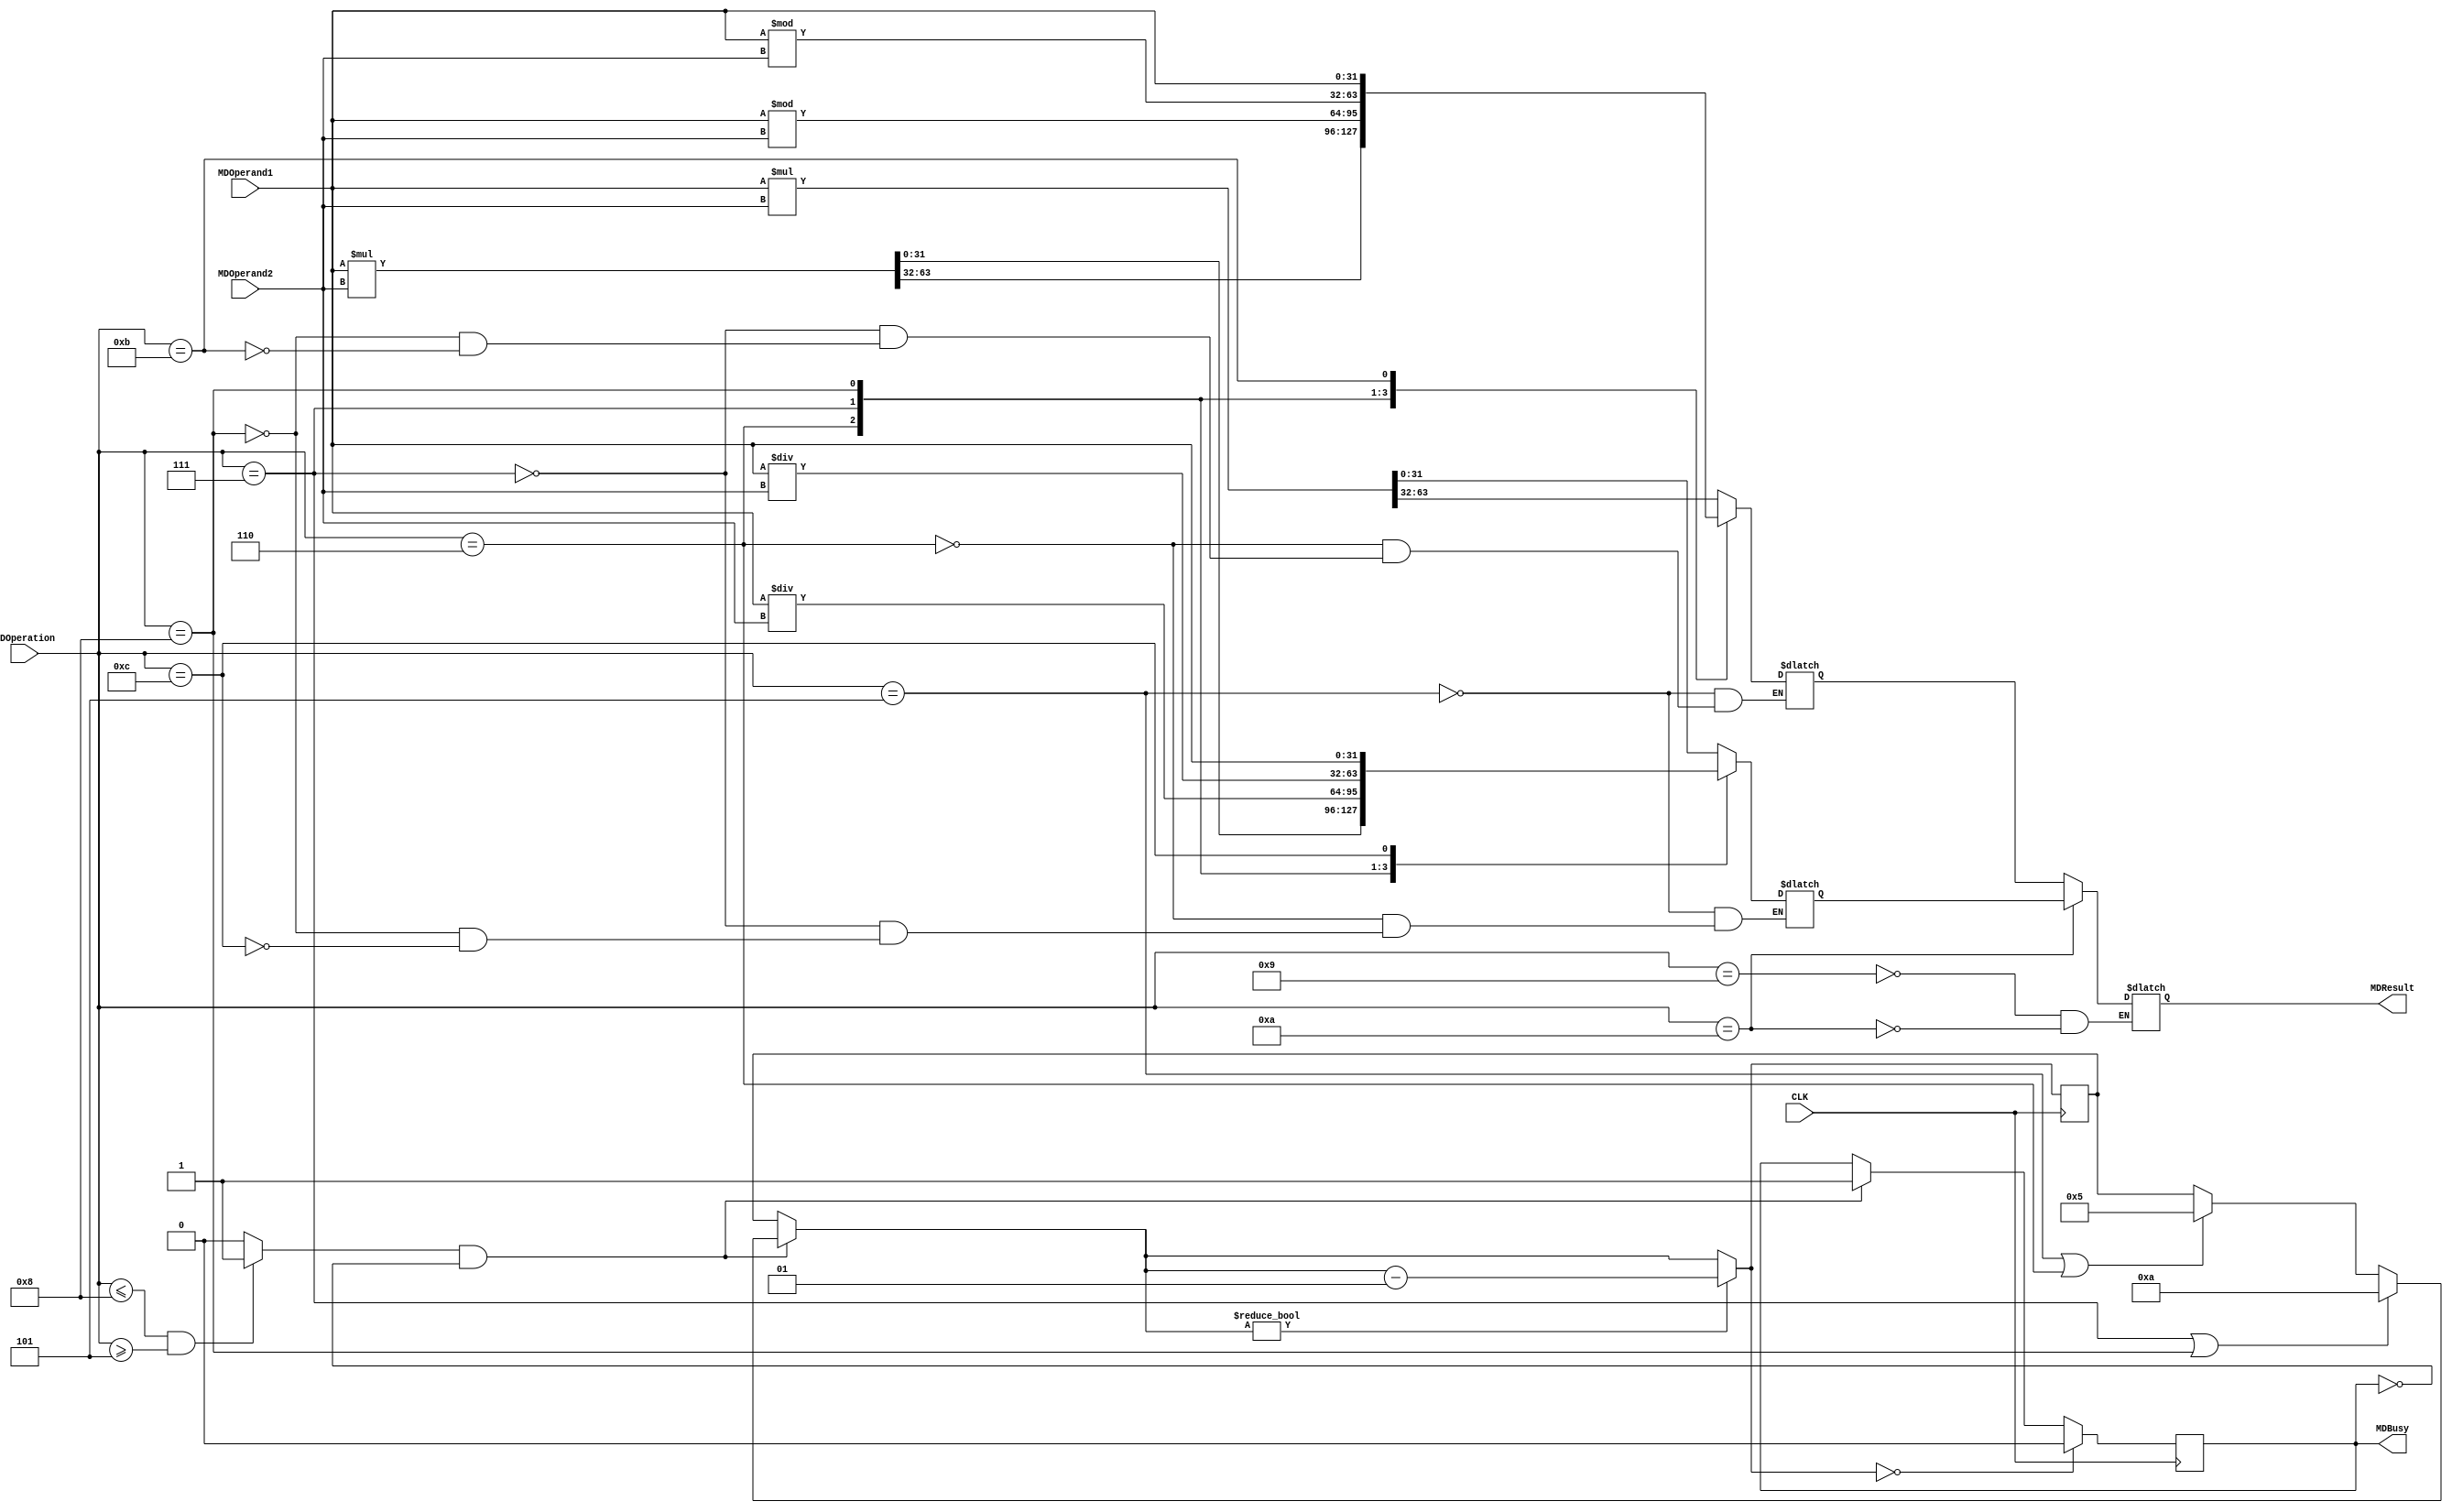
`timescale 1ns / 1ns
//////////////////////////////////////////////////////////////////////////////////
// Company: 
// Engineer: 
// 
// Design Name: 
// Module Name: md
// Project Name: 
// Target Devices: 
// Tool Versions: 
// Description: 
// 
// Dependencies: 
// 
// Revision:
// Revision 0.01 - File Created
// Additional Comments:
// 
//////////////////////////////////////////////////////////////////////////////////


module MD(CLK,MDOperand1,MDOperand2,MDOperation,MDResult,MDBusy);
input CLK;
input[31:0] MDOperand1,MDOperand2;
input[4:0] MDOperation;
output reg[31:0] MDResult;
output reg MDBusy;

reg[31:0] high,low;
integer count;
wire [63:0] SignProd,UnsignProd;
wire [31:0] SignQuot,SignRem;
wire [31:0] UnsignQuot,UnsignRem;
wire start;
assign start=(MDOperation<= 5'b01000 && MDOperation>=5'b00101)?1:0;

initial begin
    high=0;
    low=0;
    count=0;
    MDBusy=0;
end

always@(posedge CLK)
begin
    if(start && !MDBusy)
    begin
        MDBusy=1;
        if(MDOperation==5'b00101 || MDOperation==5'b00110)
        begin
            count=5;
        end
        if(MDOperation==5'b00111 || MDOperation==5'b01000)
        begin
            count=10;
        end
    end
    if(count)
        count=count-1;
    if(!count)
        MDBusy=0;
end

assign SignProd=$signed(MDOperand1) * $signed(MDOperand2);
assign UnsignProd=MDOperand1*MDOperand2;
assign SignQuot=$signed(MDOperand1)/$signed(MDOperand2);
assign SignRem=$signed(MDOperand1)% $signed(MDOperand2);
assign UnsignQuot=MDOperand1 / MDOperand2;
assign UnsignRem=MDOperand1 % MDOperand2;

always@(CLK or MDOperand1 or MDOperand2 or MDOperation)
begin
    case(MDOperation)
    5'b00101:begin
        high=UnsignProd[63:32];
        low=UnsignProd[31:0];
    end
    5'b00110:begin
        high=SignProd[63:32];
        low=SignProd[31:0];
    end
    5'b00111:begin
        high=UnsignRem;
        low=UnsignQuot;
    end
    5'b01000:begin
        high=SignRem;
        low=SignQuot;
    end
    5'b01001:begin
        MDResult=high;
    end
    5'b01010:begin
        MDResult=low;
    end
    5'b01011:begin
        high=MDOperand1;
    end
    5'b01100:begin
        low=MDOperand1;
    end
    endcase
end

endmodule